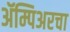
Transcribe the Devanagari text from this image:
ॲम्पिअरचा